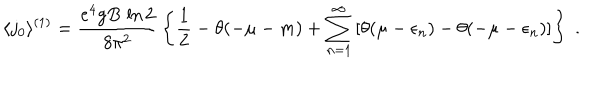
\langle j _ { 0 } \rangle ^ { ( 1 ) } = \frac { e ^ { 4 } g B \, \ln 2 } { 8 \pi ^ { 2 } } \, \left\{ \frac { 1 } { 2 } - \theta ( - \mu - m ) + \sum _ { n = 1 } ^ { \infty } \left[ \theta ( \mu - \epsilon _ { n } ) - \theta ( - \mu - \epsilon _ { n } ) \right] \right\} \; .